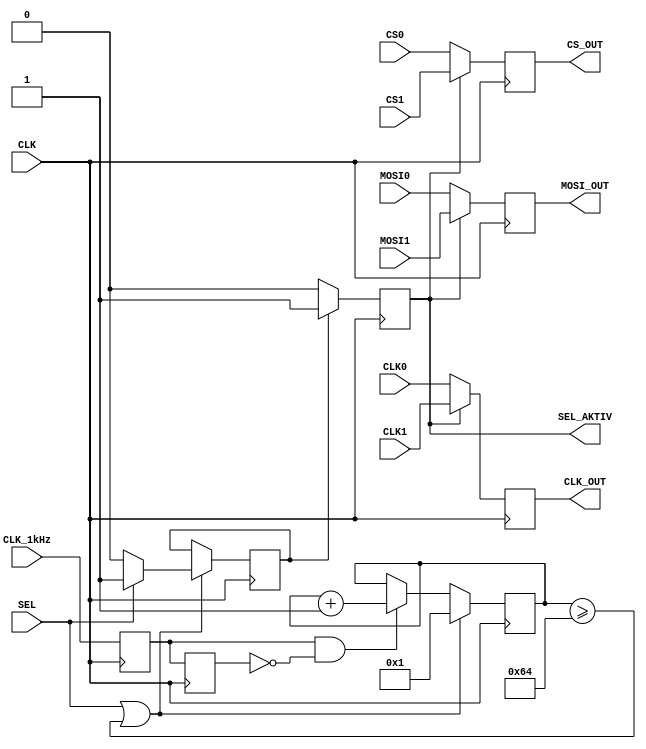
////////////////////////////////////////////////////////////////////////////////////////////
module SEL_SPI_INPUT(
	input CLK,
	input CLK_1kHz,
	input SEL,
	input CS0,
	input CLK0,
	input MOSI0,
	input CS1,
	input CLK1,
	input MOSI1,	
	output reg SEL_AKTIV,
	output reg CS_OUT,
	output reg CLK_OUT,
	output reg MOSI_OUT);
	//
	parameter DELAY_TIME = 16'd100;
	//
	reg [15:0] counter;
	reg [0:0] status;
	//
	reg hri1; reg hri2;
	//
	wire 	imp1kHz;
	//wire 	imp1Hz_n;
	//
	assign	imp1kHz = (hri1 && !hri2);
	//assign	imp1kHz_n = (!hri1 && hri2);
	//
	initial
	begin
		CS_OUT <= 0;
		CLK_OUT <= 0;
		MOSI_OUT <= 0;
		SEL_AKTIV <= 0;
		//
		counter <= 0;
		status <= 0;
		//
		hri1 <= 0; hri2 <= 0;
	end
	//
	always @(posedge CLK)
	begin	
	//
	hri1 <= CLK_1kHz;
	hri2 <= hri1;	
	//
	if (imp1kHz) counter <= counter + 1;
	//
	if (SEL || (counter >= DELAY_TIME))
		begin
		counter <= 1;
		if(SEL) status <= 1;
		else status <= 0;
		end	
	//
	if (SEL_AKTIV)
		begin
		CS_OUT <= CS1;
		CLK_OUT <= CLK1;
		MOSI_OUT <= MOSI1;
		end		
	else
		begin
		CS_OUT <= CS0;
		CLK_OUT <= CLK0;
		MOSI_OUT <= MOSI0;
		end				
	//
	if (status == 0) 
		begin
		SEL_AKTIV <= 0;
		end
	//
	if (status == 1)
		begin
		SEL_AKTIV <= 1;
		end
	//	
	end
endmodule
////////////////////////////////////////////////////////////////////////////////////////////
module SEL_1_BIT(
	input SEL,
	input IN0,
	input IN1,
	output wire OUT);
	//
	assign OUT = (IN0 && !SEL) || (IN1 && SEL);
	//
endmodule
////////////////////////////////////////////////////////////////////////////////////////////

module SEL_12_BIT(
	input CLK,
	input SEL,
	input [11:0] IN0,
	input [11:0] IN1,
	output reg [11:0] OUT);
	//
	initial
		begin
			OUT <= 0;
		end
	//
	always @(posedge CLK)
	begin	
		if (SEL) OUT <= IN1;
		else OUT <= IN0;
	end
endmodule
////////////////////////////////////////////////////////////////////////////////////////////